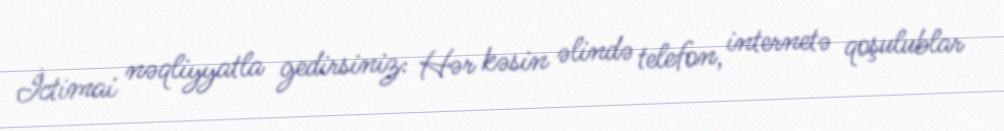
İctimai nəqliyyatla gedirsiniz: Hər kəsin əlində telefon, internetə qoşulublar